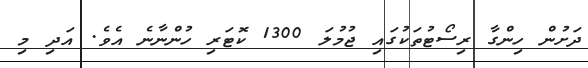
ދަށުން ހިންގާ ރިސޯޓުތަކުގައި ޖުމުލަ 1300 ކޮޓަރި ހުންނާނެ އެވެ. އަދި މި